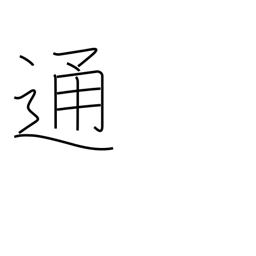
Meaning: counter for letters, notes, documents, etc.